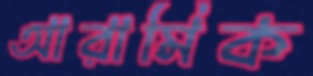
আরামিক